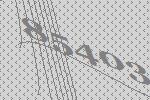
85403